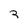
Character: 3